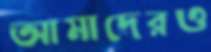
আমাদেরও